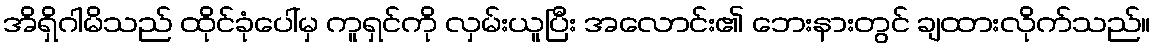
အိရှိဂါမိသည် ထိုင်ခုံပေါ်မှ ကူရှင်ကို လှမ်းယူပြီး အလောင်း၏ ဘေးနားတွင် ချထားလိုက်သည်။